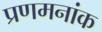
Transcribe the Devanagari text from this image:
प्रणमनांक